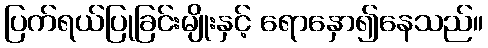
ပြက်ရယ်ပြုခြင်းမျိုးနှင့် ရောနှော၍နေသည်။